Civil Veterinary Dept. Bombay admin report 1907-1913 - 1907-1913
Year: 1907
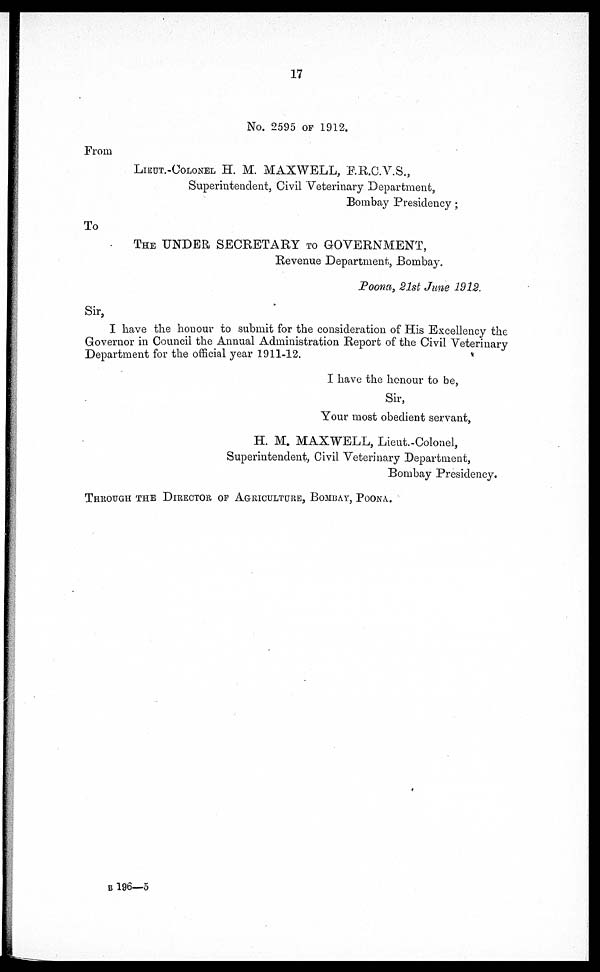
17
No. 2595 OF 12.
From
LIEUT.-COLONEL H. M. MAXWELL, F.R.C.V.S.,
Superintendent, Civil Veterinary Department,
Bombay Presidency;
To
The UNDER SECRETARY
TO GOVERNMENT,
Revenue Department, Bombay.
Poona, 21st June 1912.
Sir,
I have the honour to submit for the consideration of His Excellency the
Governor in Council the Annual Administration Report of the Civil Veterinary
Department for the official year 1911-12.
I have the honour to be,
Sir,
Your most obedient servant,
H. M. MAXWELL, Lieut-Colonel,
Superintendent, Civil Veterinary Department,
Bombay Presidency.
THROUGH THE DIRECTOR OF AGRICULTURE, BOMBAY, POONA.
B 196—5